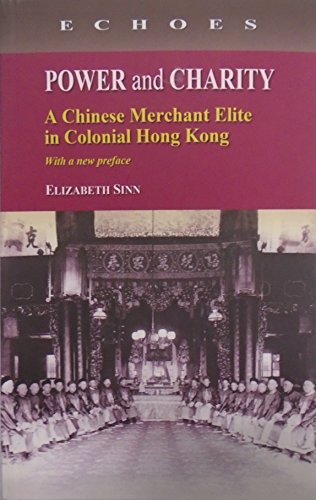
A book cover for Power and Charity: A Chinese Merchant Elite in Colonial Hong Kong (with a new preface) (Echoes: Classics of Hong Kong Culture and History); Elizabeth Sinn; History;